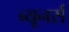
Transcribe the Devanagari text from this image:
ब्यूनर्स